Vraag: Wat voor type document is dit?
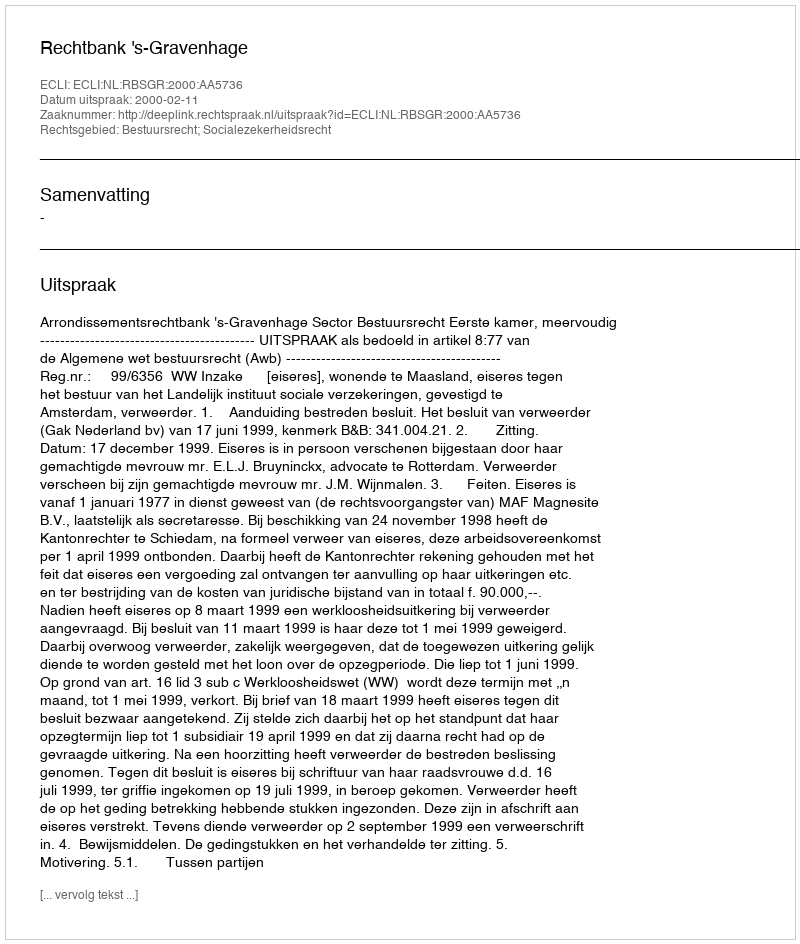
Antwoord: Uitspraak